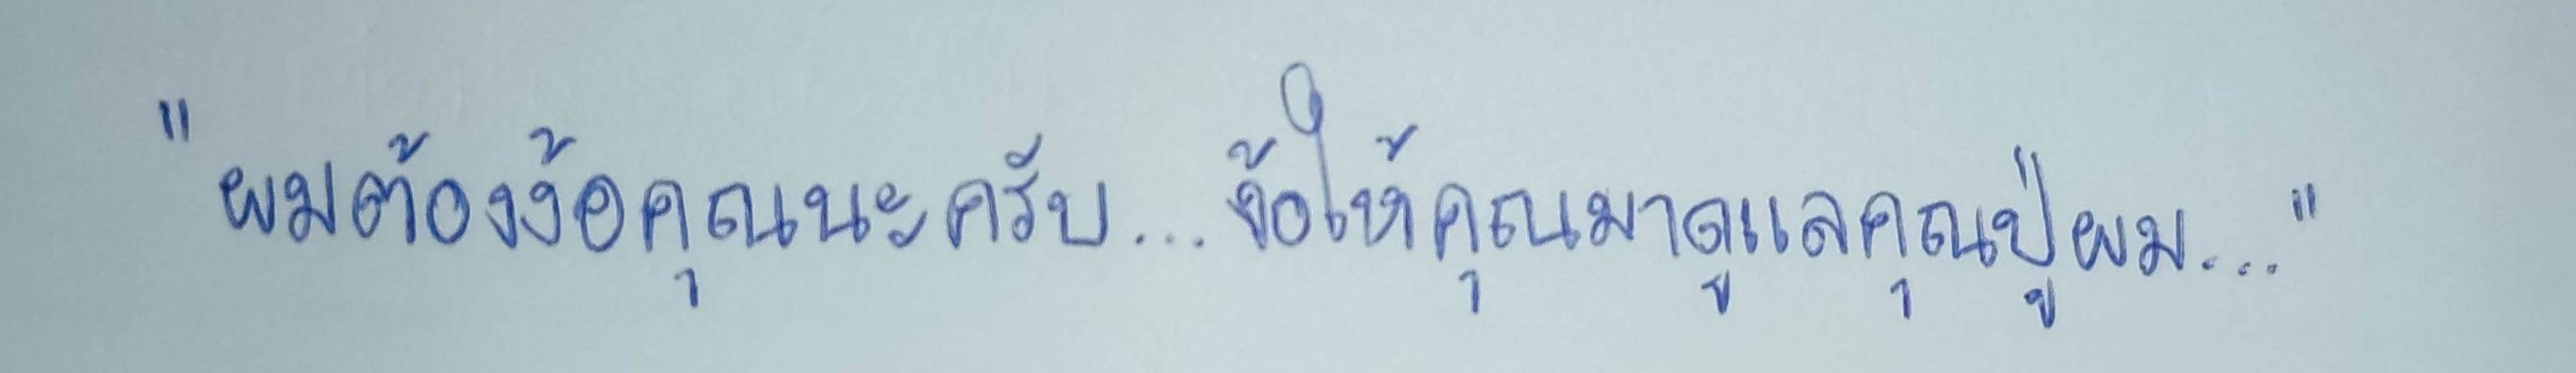
"ผมต้องง้อคุณนะครับ...ง้อให้คุณมาดูแลคุณปู่ผม..."